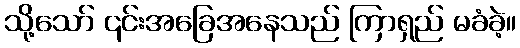
သို့သော် ၎င်းအခြေအနေသည် ကြာရှည် မခံခဲ့။